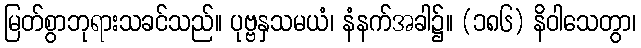
မြတ်စွာဘုရားသခင်သည်။ ပုဗ္ဗနှသမယံ၊ နံနက်အခါ၌။ (၁၈၆) နိဝါသေတွာ၊